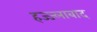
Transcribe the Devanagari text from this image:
हज्ज्लाबाद